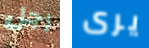
رجل يرى